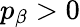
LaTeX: p_{\beta}>0